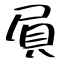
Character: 屓